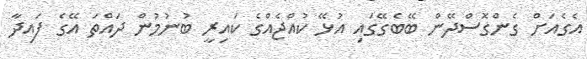
އެގެއަށް ގެންގޮސްދޭން ބޭބެގޭގައި އުޅޭ ކުއްޖެއްގެ ކައިރީ ބުނުމުން ދައްތަ އޭގެ ފައިދާ